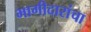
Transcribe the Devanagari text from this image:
भागीदारांचा